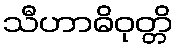
သီဟာဓိဝုတ္တိ